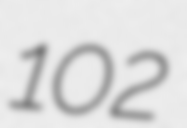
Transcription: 102